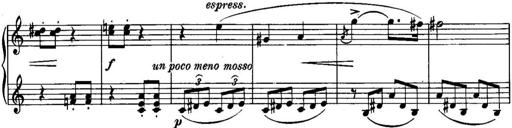
Title: Piano Sonatina No.1, Op.146
Composer: Stephen Heller